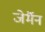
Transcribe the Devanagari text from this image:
जेर्मैन